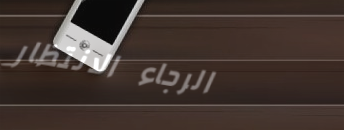
الرجاء الانتظار